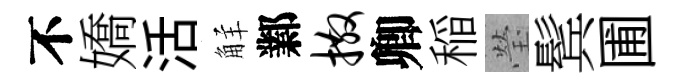
不嬌活觧鄴撒卿稲瑩鬂圃